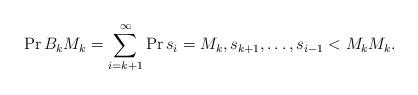
LaTeX: \begin{align*} \Pr{B_k}{M_k} &= \sum_{i=k+1}^\infty\Pr{s_i=M_k, s_{k+1},\ldots,s_{i-1}<M_k}{M_k}. \end{align*}